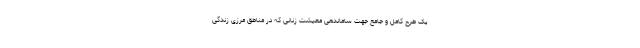
یک طرح کامل و جامع جهت ساماندهی معیشت زنانی که در مناطق مرزی زندگی